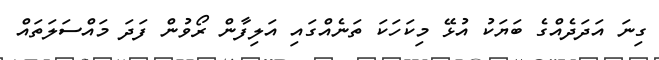
ގިނަ އަދަދެއްގެ ބަޔަކު އުޅޭ މިކަހަކަ ތަނެއްގައި އަލިފާން ރޯވުން ފަދަ މައްސަލަތައް